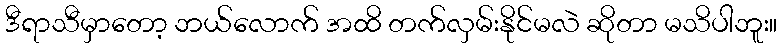
ဒီရာသီမှာတော့ ဘယ်လောက် အထိ တက်လှမ်းနိုင်မလဲ ဆိုတာ မသိပါဘူး။